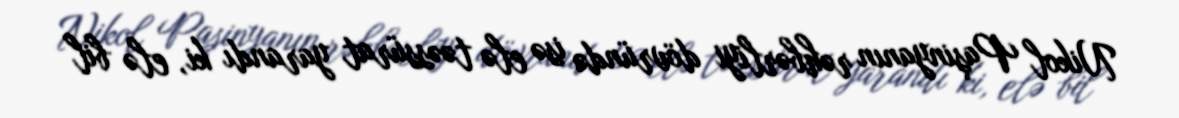
Nikol Paşinyanın rəhbərliyi dövründə isə elə təəssürat yarandı ki, elə bil